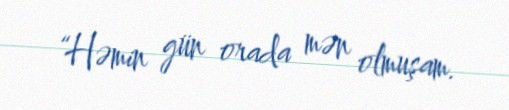
“Həmin gün orada mən olmuşam.